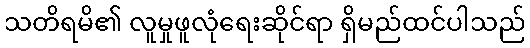
သတိရမိ၏ လူမှုဖူလုံရေးဆိုင်ရာ ရှိမည်ထင်ပါသည်